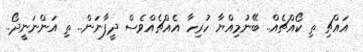
އައްޗި ތި ކޯއްޗެއް.. ބޭނުމިއްޔާ ހުރިހާ އެއްޗެއްވެސް ދީފާނަން.. ތި އަންނަނީދޯ..